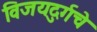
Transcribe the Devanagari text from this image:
विजयदुर्गचे